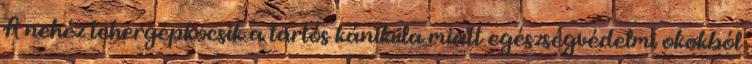
A nehéz tehergépkocsik a tartós kánikula miatt egészségvédelmi okokból